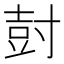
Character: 尌